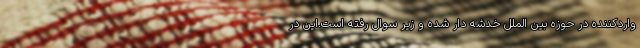
واردکننده در حوزه بین الملل خدشه دار شده و زیر سوال رفته است.این در